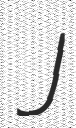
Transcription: J